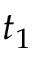
t _ { 1 }